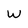
Character: W